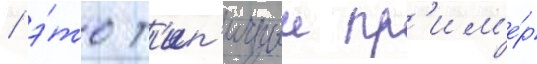
/ э́то т'ип'ичныи пр'им'е́р